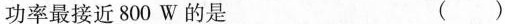
功率最接近800W的是 （ ）